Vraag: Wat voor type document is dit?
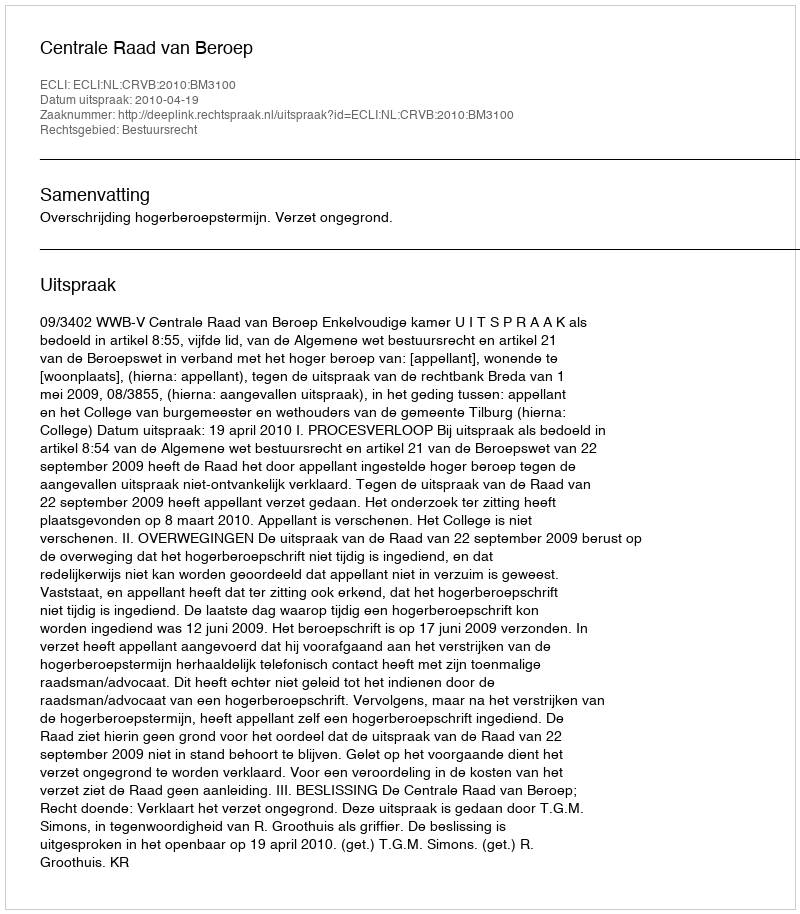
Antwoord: Uitspraak